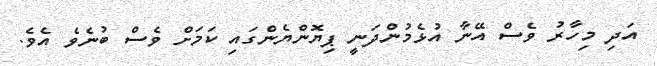
އަދި މިހާރު ވެސް އޭނާ އުޅެމުންދަނީ ޕިޔޮންޔެންގައި ކަމަށް ވެސް ބުނެވެ އެވެ.